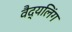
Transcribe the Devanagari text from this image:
वैद्यलिंग